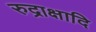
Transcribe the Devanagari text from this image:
रुद्राक्षादि